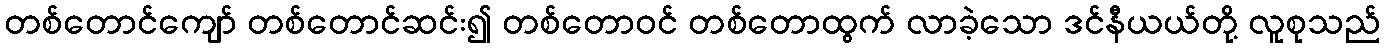
တစ်တောင်ကျော် တစ်တောင်ဆင်း၍ တစ်တောဝင် တစ်တောထွက် လာခဲ့သော ဒင်နီယယ်တို့ လူစုသည်